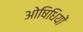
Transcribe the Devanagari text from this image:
ओषिधियों